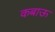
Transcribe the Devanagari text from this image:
कबाऊ